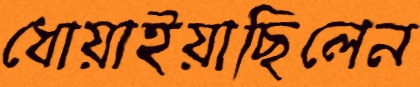
ধোয়াইয়াছিলেন